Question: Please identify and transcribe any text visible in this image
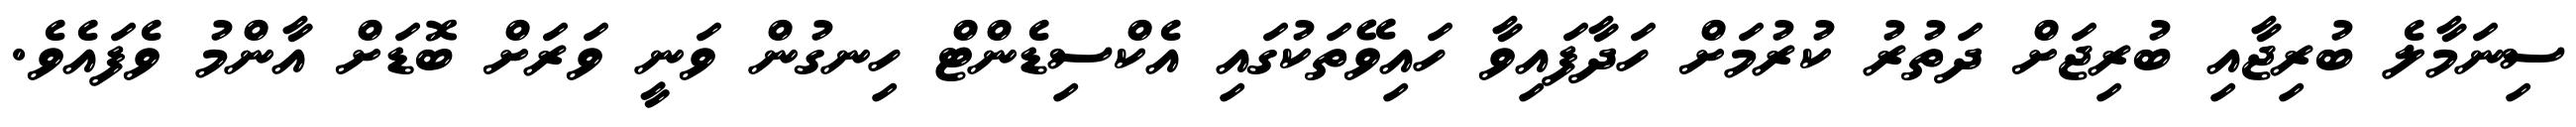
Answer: ސިނަމާލެ ބުރިޖާއި ބުރިޖަށް ދަތުރު ކުރުމަށް ހަދާފައިވާ ހައިވޭތަކުގައި އެކްސިޑެންޓް ހިނގުން ވަނީ ވަރަށް ބޮޑަށް އާންމު ވެފައެވެ.